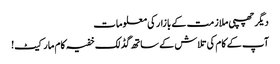
دیگر چھپی ملازمت کے بازار کی معلومات
آپ کے کام کی تلاش کے ساتھ گڈ لک خفیہ کام مارکیٹ!